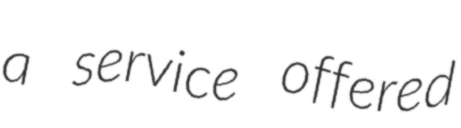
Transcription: a service offered